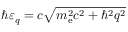
\hbar \varepsilon _ { q } = c \sqrt { m _ { \mathrm { e } } ^ { 2 } c ^ { 2 } + \hbar ^ { 2 } q ^ { 2 } }